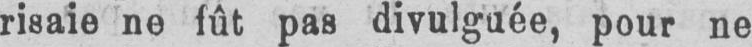
risaie ne fût pas divulguée, pour ne